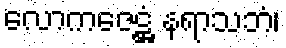
လောကဇေဋ္ဌံ နရာသဘံ၊